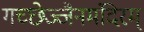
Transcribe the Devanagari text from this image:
गच्छेज्जैनमंदिरम्‌